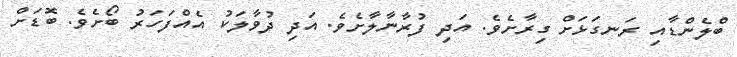
ބްލެންޑާއި ރަނގަޅަށް ގިރާށެވެ. އަދި ފުރާނާލާށެވެ. އަދި ދުވާލަކު އެއްފަހަރު ބޯށެވެ. ބޮޑަށް